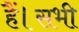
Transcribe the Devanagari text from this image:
हैं।सभी